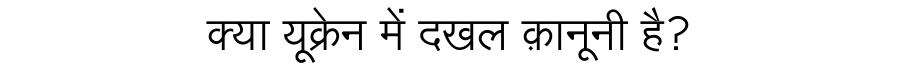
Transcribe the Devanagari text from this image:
क्या यूक्रेन में दखल क़ानूनी है?